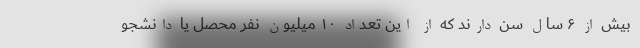
بیش از ۶ سال سن دارند که از این تعداد ۱۰ میلیون نفر محصل یا دانشجو